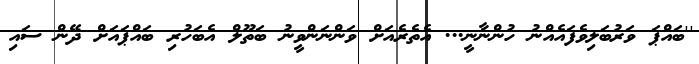
''ބައްޕަ ވަރުބަލިވެފައެއްނު ހުންނާނީ... އެތެރެއަށް ވަންނަންވީނު ބަތޫލް އެބަހުރި ބައްޕައަށް ދޭން ސައި